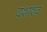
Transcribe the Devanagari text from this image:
दशाश्व